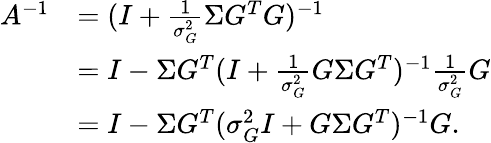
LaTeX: \begin{array}{rl}{A^{-1}}&{=(I+\frac{1}{\sigma_{G}^{2}}\Sigma G^{T}G)^{-1}}\\ &{=I-\Sigma G^{T}(I+\frac{1}{\sigma_{G}^{2}}G\Sigma G^{T})^{-1}\frac{1}{\sigma_{G}^{2}}G}\\ &{=I-\Sigma G^{T}(\sigma_{G}^{2}I+G\Sigma G^{T})^{-1}G.}\end{array}